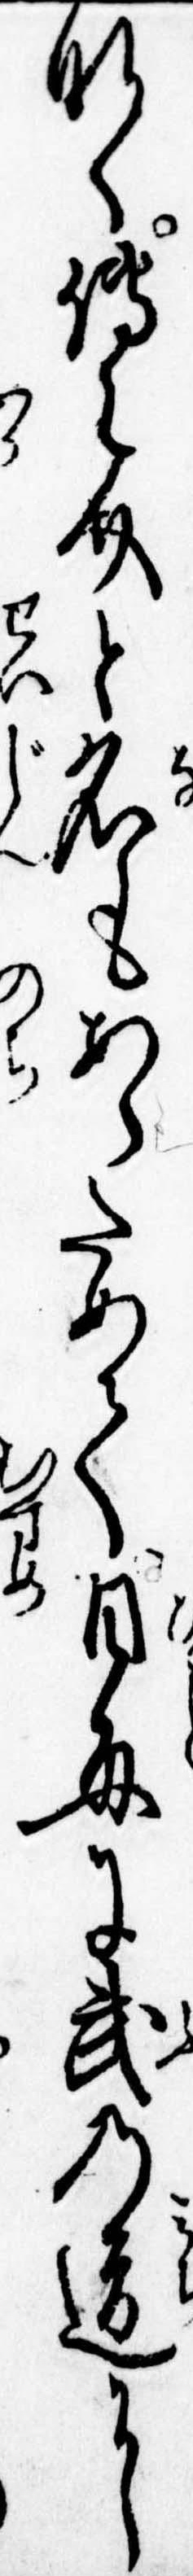
なく伝之介と名もあらためて日毎に武の道に